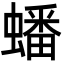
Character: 蟠